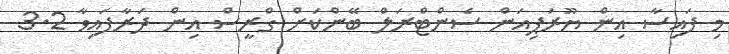
މި ފައިސާ އިން ޔޫރަޕިއަން ސެންޓްރަލް ބޭންކަށް ގްރީސް އިން ދަރާފައިވާ 3.2